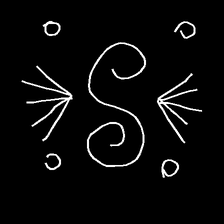
Glyph: aeroform